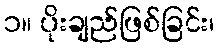
၁။ ပိုးချည်ဖြစ်ခြင်း၊